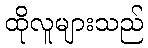
ထိုလူများသည်